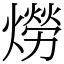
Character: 𤏪